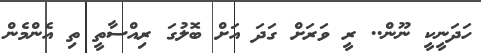
ހަދަނީކީ ނޫން.. ރީ ވަރަށް ގަދަ އަށް ބޮލުގަ ރިއްސާތީ ތި އެންމެން